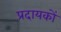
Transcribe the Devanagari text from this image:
प्रदायकों